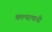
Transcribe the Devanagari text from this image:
कल्याणनी